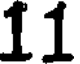
11